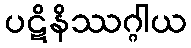
ပဋိနိဿဂ္ဂါယ